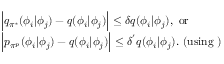
\begin{array} { r l } & { \Big | q _ { \pi ^ { * } } ( \phi _ { i } | \phi _ { j } ) - q ( \phi _ { i } | \phi _ { j } ) \Big | \le \delta q ( \phi _ { i } | \phi _ { j } ) , \mathrm { ~ o r } } \\ & { \Big | p _ { \pi ^ { p } } ( \phi _ { i } | \phi _ { j } ) - q ( \phi _ { i } | \phi _ { j } ) \Big | \le \delta ^ { ' } q ( \phi _ { i } | \phi _ { j } ) . \mathrm { ~ ( u s i n g ~ ) } } \end{array}